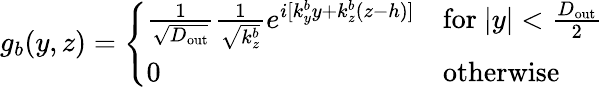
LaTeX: g_{b}(y,z)=\left\{ \begin{array}{ll}{\frac{1}{\sqrt{D_{\mathrm{out}}}}\frac{1}{\sqrt{k_{z}^{b}}}e^{i[k_{y}^{b}y+k_{z}^{b}(z-h)]}}&{\mathrm{for~}|y|<\frac{D_{\mathrm{out}}}{2}}\\ {0}&{\mathrm{otherwise}}\end{array}\right.